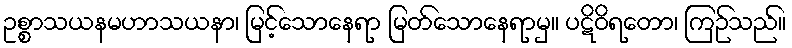
ဥစ္စာသယနမဟာသယနာ၊ မြင့်သောနေရာ မြတ်သောနေရာမှ။ ပဋိဝိရတော၊ ကြဉ်သည်။